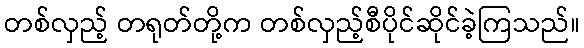
တစ်လှည့် တရုတ်တို့က တစ်လှည့်စီပိုင်ဆိုင်ခဲ့ကြသည်။